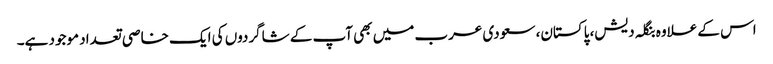
اس کے علاوہ بنگلہ دیش، پاکستان، سعودی عرب میں بھی آپ کے شاگردوں کی ایک خاصی تعداد موجود ہے۔